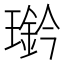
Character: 𤪊